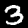
Label: 3